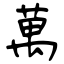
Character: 萬